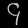
Digit: ၄